Investigations on Bengal jail dietaries - Number 37
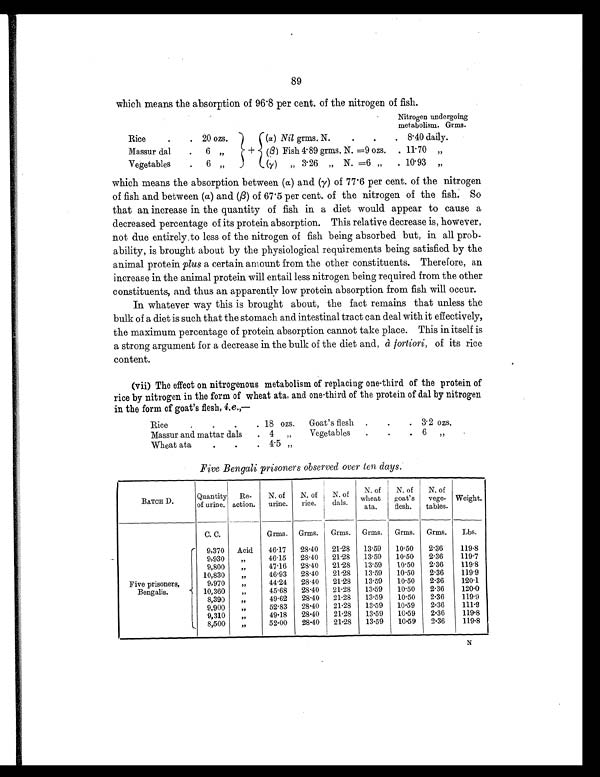
89
which means the absorption of 96.8 per cent. of the nitrogen of fish.
Nitrogen undergoing
metabolism. Grms.
Rice
.
. 20 ozs.
+
(α) Nil grms. N.
.
.
. 8.40 daily.
Massur dal
.
6,,
(ß ) Fish 4.89 grms. N. =9 ozs. . 11.70 „
Vegetables
.
6 „
( y ) „ 3.26 „ N. =6 „
. 10.93 „
which means the absorption between (α ) and (γ) of 77.6 per cent. of the nitrogen
of fish and between ( α ) and (ß ) of 67.5 per cent. of the nitrogen of the fish. So
that an increase in the quantity of fish in a diet would appear to cause a
decreased percentage of its protein absorption. This relative decrease is, however,
not due entirely to less of the nitrogen of fish being absorbed but, in all prob-
ability, is brought about by the physiological requirements being satisfied by the
animal protein plus a certain amount from the other constituents. Therefore, an
increase in the animal protein will entail less nitrogen being required from the other
constituents, and thus an apparently low protein absorption from fish will occur.
In whatever way this is brought about, the fact remains that unless the
bulk of a diet is such that the stomach and intestinal tract can deal with it effectively,
the maximum percentage of protein absorption cannot take place. This in itself is
a strong argument for a decrease in the bulk of the diet and, à fortiori, of its rice
content.
(vii) The effect on nitrogenous metabolism of replacing one-third of the protein of
rice by nitrogen in the form of wheat ata, and one-third of the protein of dal by nitrogen
in the form of goat's flesh, i.e.,—
Rice
.
.
.
. 18 ozs.
Goat's flesh .
.
. 3.2 ozs.
Massur and mattar dals
. 4 ,,
Vegetables
.
.
. 6 „
Wheat ata
.
. .
4 . 5 „
Five Bengali prisoners observed over ten days:
BATCH D.
Quantity
of urine.
Re-
action.
N. of
urine.
N. of
rice.
N. of
dals.
N. of
wheat
ata.
N. of
goat's
flesh.
N. of
vege-
tables.
Weight.
C. C.
Grms. Grms. Grms. Grms. Grms. Grms.
Lbs.
Five prisoners,
Bengalis.
9,370 Acid
46.17
28.40
21.28
13.59
10.50
2.36
119.8
9,930
„
46.15
28.40 21.28
13.59
10.50
2.36
119.7
9,800
„
47.16
28.40 21.28
13.59
10.50
2.36
119.8
10,830
„
46.93
28.40
21.28
13.59
10.50
2.36
119.9
9,970
„
44.24
28.40
21.28
13.59
10.50
2.36
120.1
10,360
„
45.68
28.40 21.28
13.59
10.50
2.36
120.0
8,390
,,
49.62
28.40 21.28
13.59
10.50
2.36
119.9
9,900
„
52.83
28.40
21.28
13.59
10.59
2.36
111.9
9,310
„
49.18
28.40
21.28
13.59
10.59
2.36
119.8
8,500
„
52.00
28.40
21.28
13.59
10.59
2.36
119.8